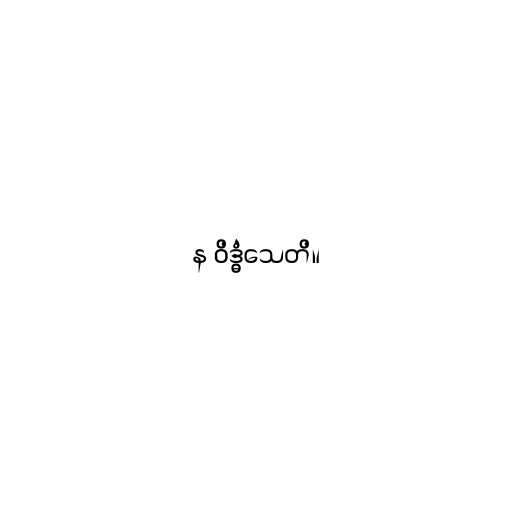
န ဝိဒ္ဓံသေတိ။